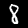
Label: 8